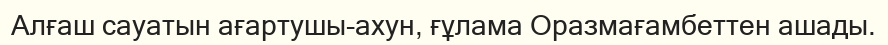
Алғаш сауатын ағартушы-ахун, ғұлама Оразмағамбеттен ашады.